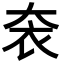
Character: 𡘚